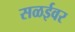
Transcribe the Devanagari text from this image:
सळईवर